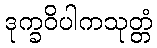
ဒုက္ခဝိပါကသုတ္တံ